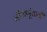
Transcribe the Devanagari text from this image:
जीवाणूंसाठी